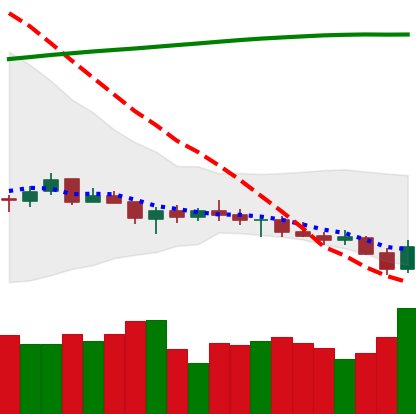
Ticker: XRP-USD
Chart end date: 2021-07-21
Forward return: 9.758%
Label: up_7plus